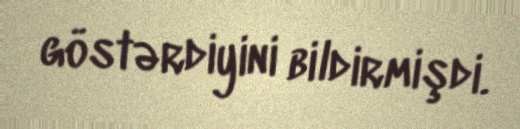
göstərdiyini bildirmişdi.